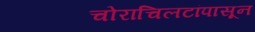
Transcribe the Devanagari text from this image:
चोराचिलटांपासून